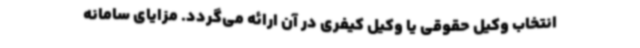
انتخاب وکیل حقوقی یا وکیل کیفری در آن ارائه می‌گردد. مزایای سامانه